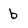
Character: b